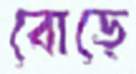
বোড়ে